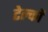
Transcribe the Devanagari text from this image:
टेल्कों